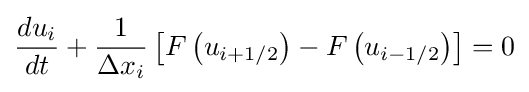
{\frac {du_{i}}{dt}}+{\frac {1}{\Delta x_{i}}}\left[F\left(u_{i+{1}/{2}}\right)-F\left(u_{i-{1}/{2}}\right)\right]=0